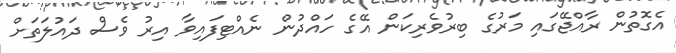
އެގޮތުން ރާއްޖޭގައި މަރުގެ ބިރުވެރިކަން އޭގެ ހައްދުން ނެއްޓިފައިވާ އިރު ވެސް ދައުލަތަށް